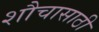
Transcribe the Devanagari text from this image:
शौचासाठी